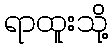
ရာထူးသို့